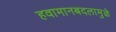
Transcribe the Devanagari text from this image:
हवामानबदलामुळे